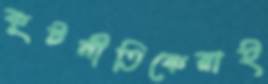
কূটনীতিকেরাই